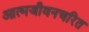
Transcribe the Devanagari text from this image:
आत्मजीवनचरित